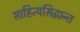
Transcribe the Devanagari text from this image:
साहित्यसिद्धान्त